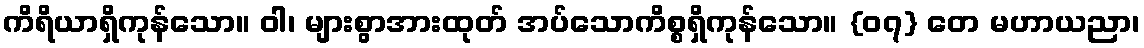
ကိရိယာရှိကုန်သော။ ဝါ၊ များစွာအားထုတ် အပ်သောကိစ္စရှိကုန်သော။ {၀၇} တေ မဟာယညာ၊